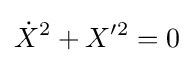
{\dot {X}}^{2}+X'^{2}=0